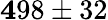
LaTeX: {\mathbf 498\pm 32}